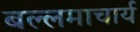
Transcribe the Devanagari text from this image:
बल्लमाचार्य